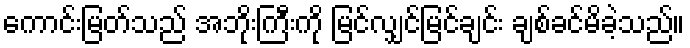
ကောင်းမြတ်သည် အဘိုးကြီးကို မြင်လျှင်မြင်ချင်း ချစ်ခင်မိခဲ့သည်။